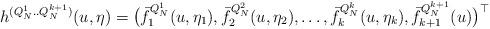
LaTeX: \begin{align*}h^{(Q_N^1..Q_N^{k+1})}(u,\eta)= \big(\bar{f}_1^{Q_N^1}(u,\eta_1),\bar{f}^{Q_N^2}_2(u,\eta_2),\dots, \bar{f}^{Q_N^k}_k(u,\eta_k), \bar{f}^{Q_N^{k+1}}_{k+1}(u)\big)^{\top}\end{align*}